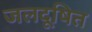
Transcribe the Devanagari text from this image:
जलदूषित